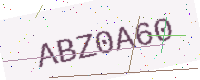
Text: ABZ0A60